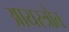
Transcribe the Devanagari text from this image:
आयस्त्रोत